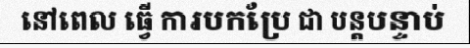
នៅពេល ធ្វើ ការបកប្រែ ជា បន្តបន្ទាប់